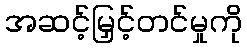
အဆင့်မြှင့်တင်မှုကို